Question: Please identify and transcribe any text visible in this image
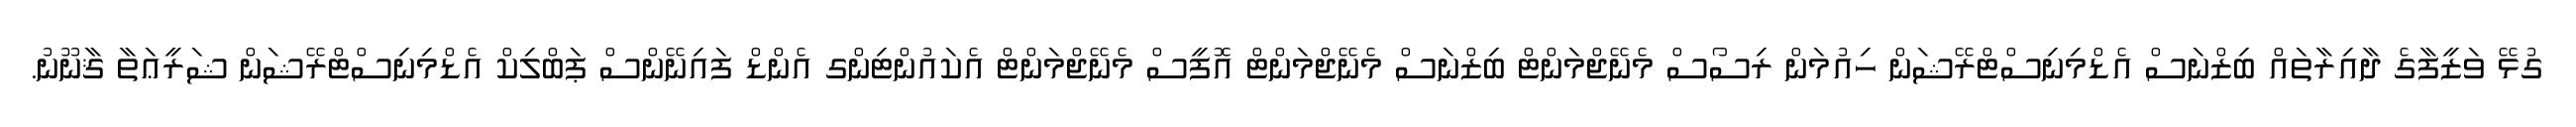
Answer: ގުޅޭ ވަޒީފާގެ ދާއިރާތައް ބިޒްނަސް އެޑްމިނިސްޓްރޭޝަން ހިއުމަން ރިސޯސް މެނޭޖްމަންޓް ބިޒްނަސް މެނޭޖްމަންޓް އޮފީސް މެނޭޖްމަންޓް އެކައުންޓިންގ އެންޑް ފައިނޭންސް ޕަބްލިކް އެޑްމިނިސްޓްރޭޝަން ޝަރީޢަތާ ޤާނޫނު.